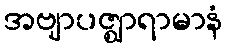
အဗျာပဇ္ဈာရာမာနံ